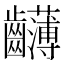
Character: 𪚂